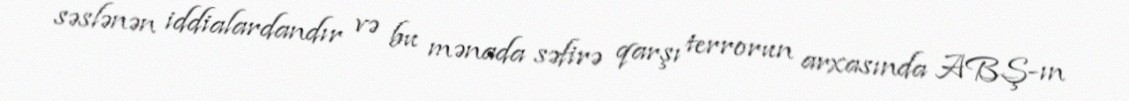
səslənən iddialardandır və bu mənada səfirə qarşı terrorun arxasında ABŞ-ın